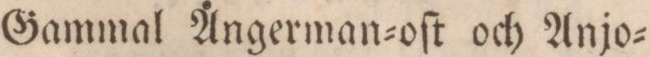
Gammal Ångerman=oſt och Anjo=